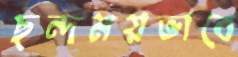
ছন্দময়ভাবে